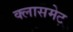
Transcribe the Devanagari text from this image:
क्लासमेट